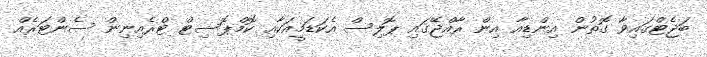
ބަޖެޓްގައިވާ ގޮތުން އިންޑިއާ އިން ރާއްޖޭގައި ޕޮލިސް އެކަޑަމީއަކާއި ކޮމްޕޮސިޓް ޓްރެއިނިން ސެންޓަރެއް